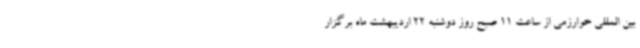
بین المللی خوارزمی از ساعت 11 صبح روز دوشنبه 22 اردیبهشت ماه برگزار